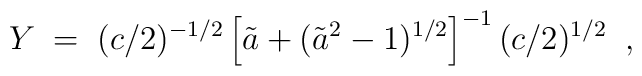
Y\; =\; (c/2)^{-1/2}\left [\tilde{a}+(\tilde{a}^2-1)^{1/2}\right ]^{-1}(c/2)^{1/2}\;\;,